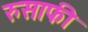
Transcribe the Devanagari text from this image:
रुसाफी